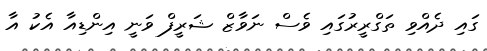
ގައި ދެއްވި ތަގްރީރުގައި ވެސް ނަވާޒް ޝަރީފް ވަނީ އިންޑިއާ އެކު އާ